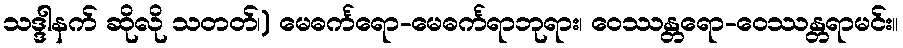
သဒ္ဒါနက် ဆိုလို သတတ်၊) မေဓင်္ကရော-မေဓင်္ကရာဘုရား၊ ဝေဿန္တရော-ဝေဿန္တရာမင်း။